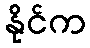
နိုင်က